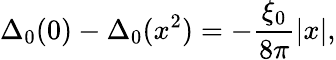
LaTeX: \Delta_{0}(0)-\Delta_{0}(x^{2})=-\frac{\xi_{0}}{8\pi}\left|x\right|,